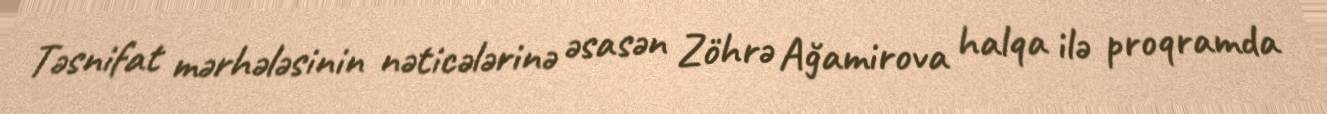
Təsnifat mərhələsinin nəticələrinə əsasən Zöhrə Ağamirova halqa ilə proqramda